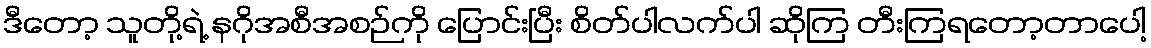
ဒီတော့ သူတို့ရဲ့ နဂိုအစီအစဉ်ကို ပြောင်းပြီး စိတ်ပါလက်ပါ ဆိုကြ တီးကြရတော့တာပေါ့